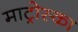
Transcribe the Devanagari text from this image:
माट्रोस्का